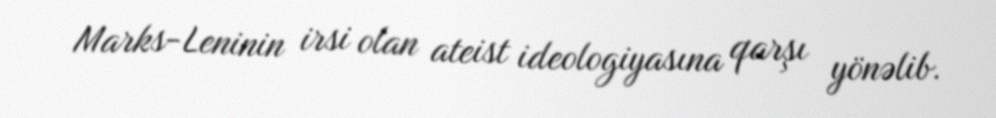
Marks-Leninin irsi olan ateist ideologiyasına qarşı yönəlib.